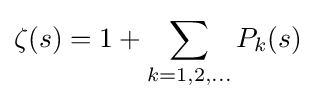
\zeta (s)=1+\sum _{k=1,2,\ldots }P_{k}(s)